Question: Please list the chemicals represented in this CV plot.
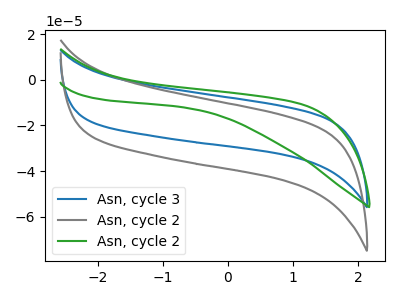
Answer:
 <answer>The blue curve is labeled "Asn, cycle 3". The gray curve is labeled "Asn, cycle 2". The green curve is labeled "Asn, cycle 2".</answer>
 <eval></eval>